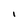
Character: I